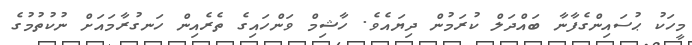
މީހަކު ޙުސައިންގެފާނާ ބައްދަލް ކުރަމުން ދިޔައެވެ. ހާޝިމް ވަންހައިގެ ތެރެއިން ހަނގުރާމައަށް ނުކުތުމުގެ